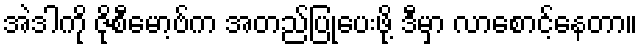
အဲဒါကို ဇိုစီမော့ဗ်က အတည်ပြုပေးဖို့ ဒီမှာ လာစောင့်နေတာ။